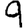
Digit: 9